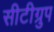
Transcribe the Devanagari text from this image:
सीटीग्रुप